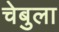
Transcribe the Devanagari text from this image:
चेबुला